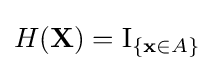
H(\mathbf {X} )=\mathrm {I} _{\{\mathbf {x} \in A\}}